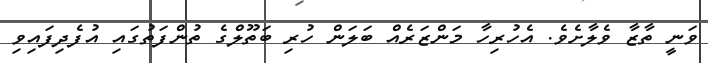
ވަނީ ތާޒާ ވެލާށެވެ. އެހުރިހާ މަންޒަރެއް ބަލަން ހުރި ބަތޫލްގެ ތުންފަތުގައި އުފެދިފައިވި